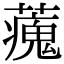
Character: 藱